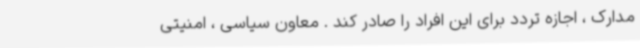
مدارک ، اجازه تردد برای این افراد را صادر کند . معاون سیاسی ، امنیتی